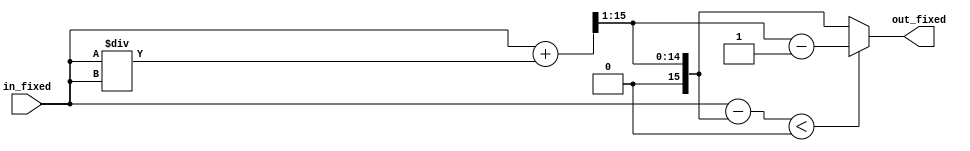
module sqrt_fixed_point (
  input signed [15:0] in_fixed,
  output reg signed [15:0] out_fixed
);

  reg signed [15:0] approx;
  reg signed [15:0] next_approx;
  
  reg signed [15:0] delta;
  reg signed [15:0] next_delta;
  
  always @* begin
    approx = in_fixed;
    delta = approx;
    
    // Newton's method to calculate square root
    next_approx = (approx + in_fixed/approx) >> 1;
    next_delta = (approx - next_approx);
    
    // Determine rounding direction
    if (next_delta < 0)
      out_fixed = next_approx - 1;
    else
      out_fixed = next_approx;
  end
endmodule